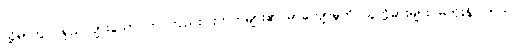
သို့ရာတွင် ရှည်လျားသော တင်ကျည်းဝါးတုတ်များ၏ မာကျောမှုကို သူတို့ဓားများ မတိုးနိုင်ကြဘဲ